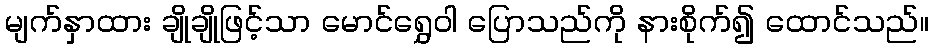
မျက်နှာထား ချိုချိုဖြင့်သာ မောင်ရွှေဝါ ပြောသည်ကို နားစိုက်၍ ထောင်သည်။